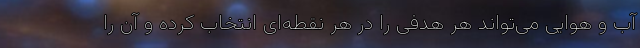
آب و هوایی می‌تواند هر هدفی را در هر نقطه‌ای انتخاب کرده و آن را